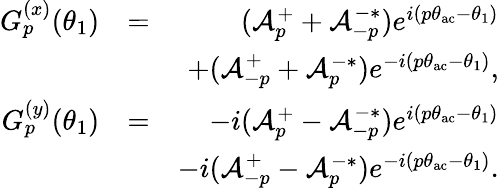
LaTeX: \begin{array}{rlr}{G_{p}^{(x)}(\theta_{1})}&{=}&{(\mathcal{A}_{p}^{+}+\mathcal{A}_{-p}^{-*})e^{i(p\theta_{\mathrm{ac}}-\theta_{1})}}\\ &{}&{+(\mathcal{A}_{-p}^{+}+\mathcal{A}_{p}^{-*})e^{-i(p\theta_{\mathrm{ac}}-\theta_{1})},}\\ {G_{p}^{(y)}(\theta_{1})}&{=}&{-i(\mathcal{A}_{p}^{+}-\mathcal{A}_{-p}^{-*})e^{i(p\theta_{\mathrm{ac}}-\theta_{1})}}\\ &{}&{-i(\mathcal{A}_{-p}^{+}-\mathcal{A}_{p}^{-*})e^{-i(p\theta_{\mathrm{ac}}-\theta_{1})}.}\end{array}